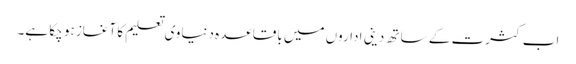
اب کثرت کے ساتھ دینی اداروں میں باقاعدہ دنیاوی تعلیم کا آغاز ہو چکا ہے۔